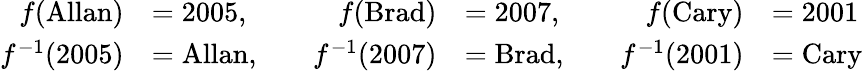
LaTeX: {\begin{array}{rlrlrl}{f({\mathrm{Allan}})}&{=2005,\quad}&{f({\mathrm{Brad}})}&{=2007,\quad}&{f({\mathrm{Cary}})}&{=2001}\\ {f^{-1}(2005)}&{={\mathrm{Allan}},\quad}&{f^{-1}(2007)}&{={\mathrm{Brad}},\quad}&{f^{-1}(2001)}&{={\mathrm{Cary}}}\end{array}}